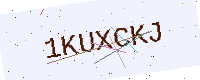
Text: 1KUXCKJ